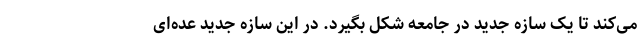
می‌کند تا یک سازه جدید در جامعه شکل بگیرد. در این سازه جدید عده‌ای